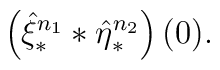
\left(\hat{\xi}_{\ast}^{n_1} \ast \hat{\eta}_{\ast}^{n_2}\right)(0).